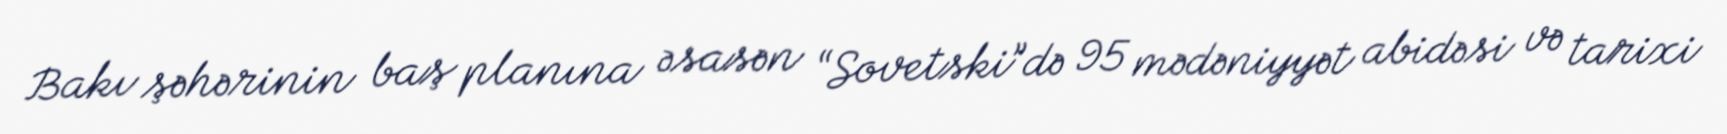
Bakı şəhərinin baş planına əsasən “Sovetski”də 95 mədəniyyət abidəsi və tarixi